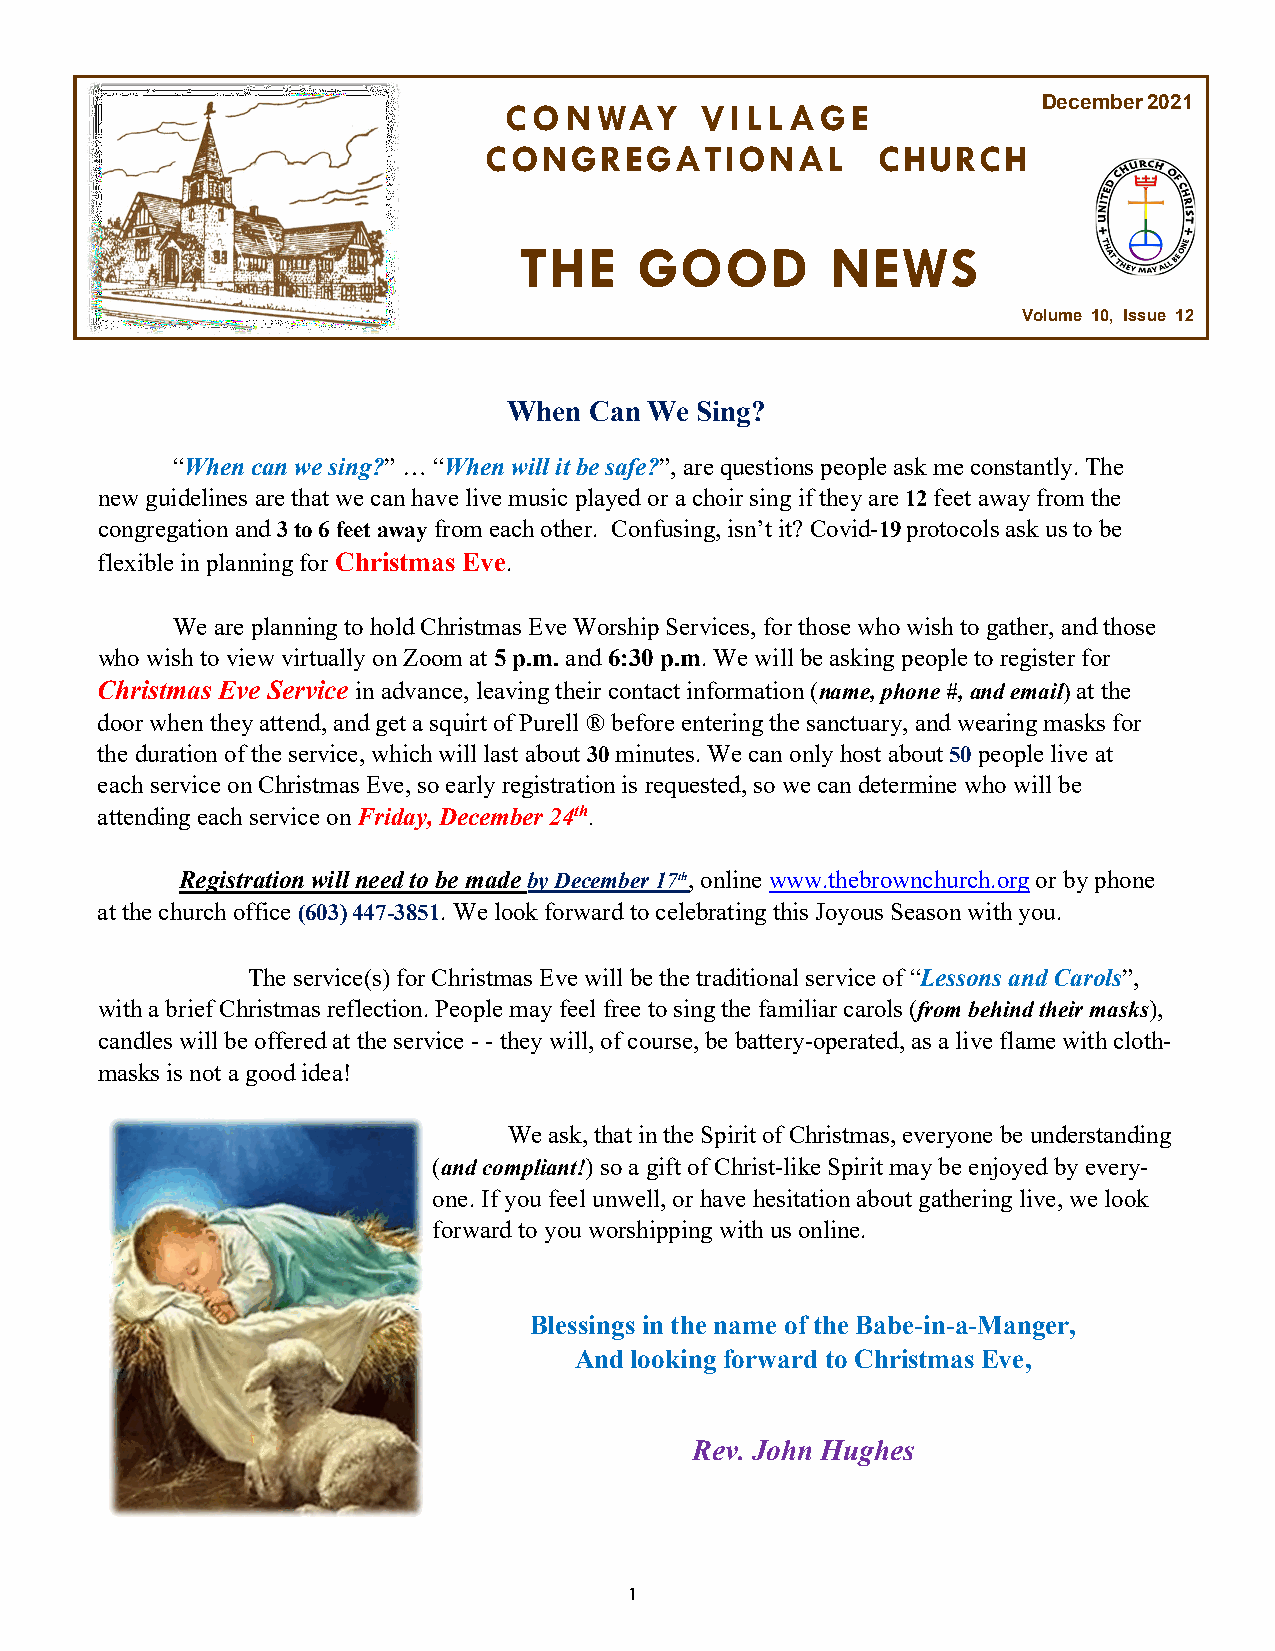
C O N  WAY   V I L L A G E          December 2021
 CONGREGATIONAL            CHURCH
 THE     GOOD         NEWS
 Volume 10, Issue 12
 When Can We Sing?
 “When can we sing?” … “When will it be safe?”, are questions people ask me constantly. The
 new guidelines are that we can have live music played or a choir sing if they are 12 feet away from the
 congregation and 3 to 6 feet away from each other. Confusing, isn’t it? Covid-19 protocols ask us to be
 flexible in planning for Christmas Eve.
 We are planning to hold Christmas Eve Worship Services, for those who wish to gather, and those
 who wish to view virtually on Zoom at 5 p.m. and 6:30 p.m. We will be asking people to register for
 Christmas Eve Service in advance, leaving their contact information (name, phone #, and email) at the
 door when they attend, and get a squirt of Purell ® before entering the sanctuary, and wearing masks for
 the duration of the service, which will last about 30 minutes. We can only host about 50 people live at
 each service on Christmas Eve, so early registration is requested, so we can determine who will be
 attending each service on Friday, December 24th.
 Registration will need to be made by December 17th, online www.thebrownchurch.org or by phone
 at the church office (603) 447-3851. We look forward to celebrating this Joyous Season with you.
 The service(s) for Christmas Eve will be the traditional service of “Lessons and Carols”,
 with a brief Christmas reflection. People may feel free to sing the familiar carols (from behind their masks),
 candles will be offered at the service - - they will, of course, be battery-operated, as a live flame with cloth-
 masks is not a good idea!
 We ask, that in the Spirit of Christmas, everyone be understanding
 (and compliant!) so a gift of Christ-like Spirit may be enjoyed by every-
 one. If you feel unwell, or have hesitation about gathering live, we look
 forward to you worshipping with us online.
 Blessings in the name of the Babe-in-a-Manger,
 And looking forward to Christmas Eve,
 Rev. John Hughes
 1